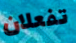
تفعلان